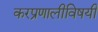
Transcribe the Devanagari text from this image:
करप्रणालीविषयी